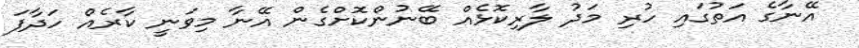
އޭނާގެ އަތުގައި ހުރި މަދު ލާރިކޮޅެއް ބޭނުންކޮށްގެން އޭނާ މިވަނީ ކާރެއް ހަދާފަ